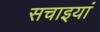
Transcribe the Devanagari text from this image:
सचाइयां